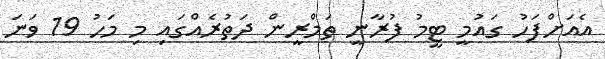
އެއަށްފަހު ގައުމީ ޓީމު ފުރާނީ ތަމްރީން ދަތުރެއްގައި މި މަހު 19 ވަނަ